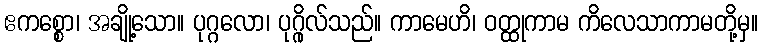
ဧကစ္စော၊ အချို့သော။ ပုဂ္ဂလော၊ ပုဂ္ဂိုလ်သည်။ ကာမေဟိ၊ ဝတ္ထုကာမ ကိလေသာကာမတို့မှ။